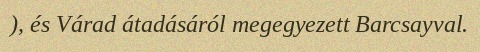
), és Várad átadásáról megegyezett Barcsayval.